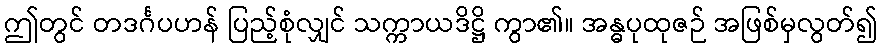
ဤတွင် တဒင်္ဂပဟန် ပြည့်စုံလျှင် သက္ကာယဒိဋ္ဌိ ကွာ၏။ အန္ဓပုထုဇဉ် အဖြစ်မှလွတ်၍